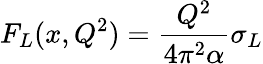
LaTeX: F_{L}(x,Q^{2})={\frac{Q^{2}}{4\pi^{2}\alpha}}\sigma_{L}